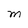
Character: M